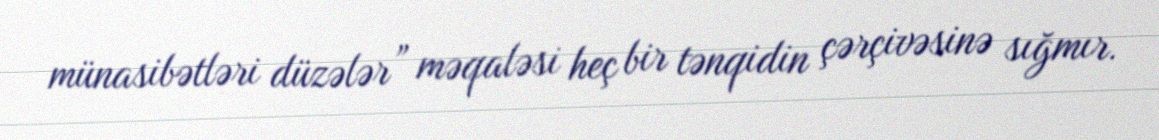
münasibətləri düzələr” məqaləsi heç bir tənqidin çərçivəsinə sığmır.